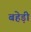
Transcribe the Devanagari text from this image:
बहेड़ी